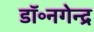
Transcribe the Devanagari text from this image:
डॉ॰नगेन्द्र